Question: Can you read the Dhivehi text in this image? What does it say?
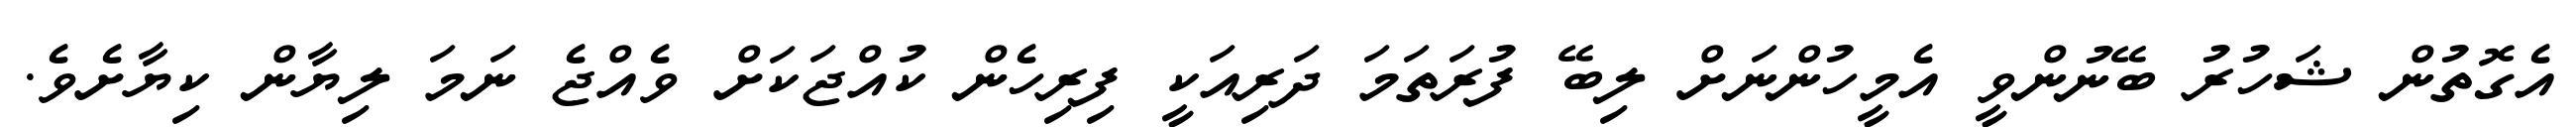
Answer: އެގޮތުން ޝަހުރު ބޭނުންވީ އެމީހުންނަށް ލިބޭ ފުރަތަމަ ދަރިއަކީ ފިރިހެން ކުއްޖަކަށް ވެއްޖެ ނަމަ ލިޔާން ކިޔާށެވެ.